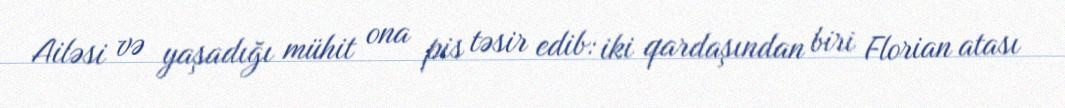
Ailəsi və yaşadığı mühit ona pis təsir edib: iki qardaşından biri Florian atası